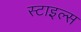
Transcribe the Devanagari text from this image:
स्‍टाइल्‍स